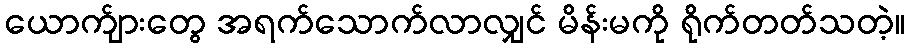
ယောက်ျားတွေ အရက်သောက်လာလျှင် မိန်းမကို ရိုက်တတ်သတဲ့။